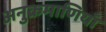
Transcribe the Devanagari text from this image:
अनुक्रमाणियाँ